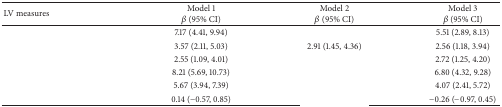
<table><thead><tr><td><b>LV measures</b></td><td><b>Model 1<i>β</i> (95% CI)</b></td><td><b>Model 2<i>β</i> (95% CI)</b></td><td><b>Model 3<i>β</i> (95% CI)</b></td></tr></thead><tbody><tr><td>[EMPTY_CELL]</td><td>7.17 (4.41, 9.94)</td><td>[EMPTY_CELL]</td><td>5.51 (2.89, 8.13)</td></tr><tr><td>[EMPTY_CELL]</td><td>3.57 (2.11, 5.03)</td><td>2.91 (1.45, 4.36) </td><td>2.56 (1.18, 3.94) </td></tr><tr><td>[EMPTY_CELL]</td><td>2.55 (1.09, 4.01)</td><td>[EMPTY_CELL]</td><td>2.72 (1.25, 4.20)</td></tr><tr><td>[EMPTY_CELL]</td><td>8.21 (5.69, 10.73)</td><td>[EMPTY_CELL]</td><td>6.80 (4.32, 9.28)</td></tr><tr><td>[EMPTY_CELL]</td><td>5.67 (3.94, 7.39)</td><td>[EMPTY_CELL]</td><td>4.07 (2.41, 5.72)</td></tr><tr><td>[EMPTY_CELL]</td><td>0.14 (−0.57, 0.85)</td><td>[EMPTY_CELL]</td><td>−0.26 (−0.97, 0.45)</td></tr></tbody></table>